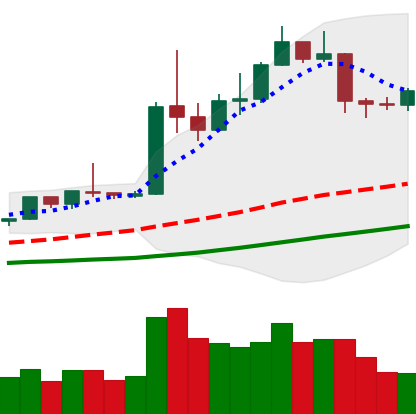
Ticker: ETH-USD
Chart end date: 2019-04-14
Forward return: 3.497%
Label: up_3_5